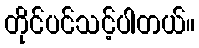
တိုင်ပင်သင့်ပါတယ်။